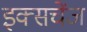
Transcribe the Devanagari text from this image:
इक्सचेंज